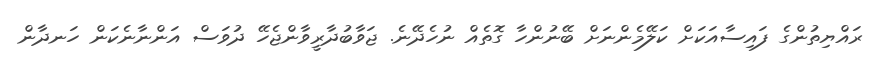
ރައްޔިތުންގެ ފައިސާއަކަށް ކަލޭމެންނަށް ބޭނުންހާ ގޮތެއް ނުހެދޭނެ. ޖަވާބުދާރީވާންޖެހޭ ދުވަސް އަންނާނެކަން ހަނދާން